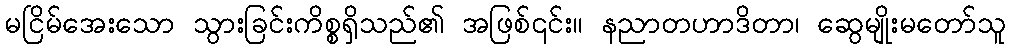
မငြိမ်အေးသော သွားခြင်းကိစ္စရှိသည်၏ အဖြစ်၎င်း။ နညာတဟာဒိတာ၊ ဆွေမျိုးမတော်သူ